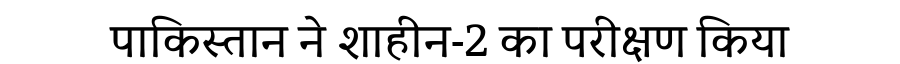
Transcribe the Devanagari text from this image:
पाकिस्तान ने शाहीन-2 का परीक्षण किया